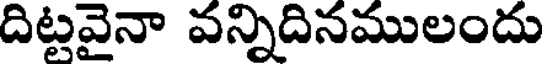
దిట్టవైనా వన్నిదినములందు